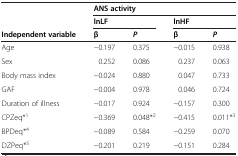
|  | <COLSPAN=4> ANS activity |
 |  | <COLSPAN=2> lnLF | <COLSPAN=2> lnHF |
 | Independent variable | β | P | β | P |
 | --- | --- | --- | --- | --- |
 | Age | −0.197 | 0.375 | −0.015 | 0.938 |
 | Sex | 0.252 | 0.086 | 0.237 | 0.063 |
 | Body mass index | −0.024 | 0.880 | 0.047 | 0.733 |
 | GAF | −0.004 | 0.978 | 0.046 | 0.724 |
 | Duration of illness | −0.017 | 0.924 | −0.157 | 0.300 |
 | CPZeq*1 | −0.369 | 0.048*2 | −0.415 | 0.011*3 |
 | BPDeq*4 | −0.089 | 0.584 | −0.259 | 0.070 |
 | DZPeq*5 | −0.201 | 0.219 | −0.151 | 0.284 |